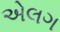
એલગ